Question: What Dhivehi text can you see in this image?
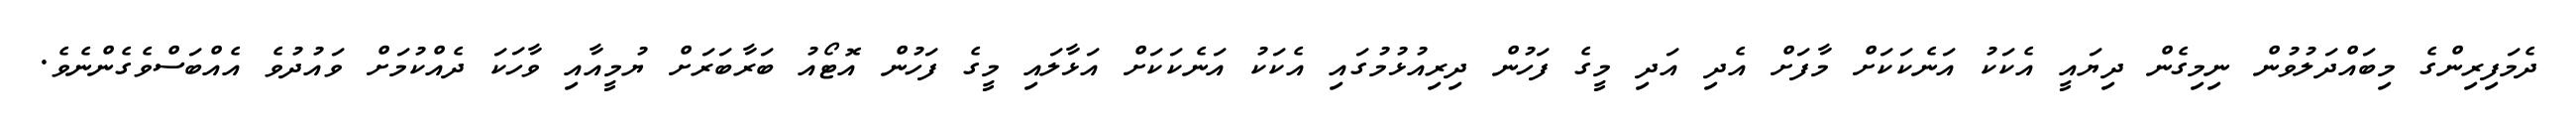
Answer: ދެމަފިރިންގެ މިބައްދަލުވުން ނިމިގެން ދިޔައީ އެކަކު އަނެކަކަށް މާފަށް އެދި އަދި މީގެ ފަހުން ދިރިއުޅުމުގައި އެކަކު އަނެކަކަށް އަޅާލައި މީގެ ފަހުން އޮޓޯއު ބަރާބަރަށް ޔުމީއާއި ވާހަކަ ދެއްކުމަށް ވައުދުވެ އެއްބަސްވެގެންނެވެ.